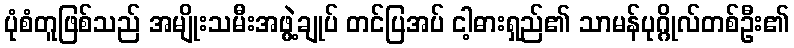
ပုံစံတူဖြစ်သည် အမျိုးသမီးအဖွဲ့ချုပ် တင်ပြအပ် ငါ့ဓားရှည်၏ သာမန်ပုဂ္ဂိုလ်တစ်ဦး၏